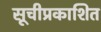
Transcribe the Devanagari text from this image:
सूचीप्रकाशित